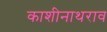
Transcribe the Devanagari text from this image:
काशीनाथराव